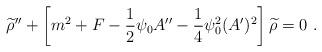
LaTeX: \begin{align*}{\widetilde \rho}^{\prime\prime}+\left[m^2+F-{1\over 2}\psi_0 A^{\prime\prime}-{1\over 4}\psi_0^2(A^\prime)^2\right]{\widetilde \rho}=0~.\end{align*}